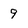
Character: 9